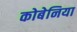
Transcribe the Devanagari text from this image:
कोबेनिया